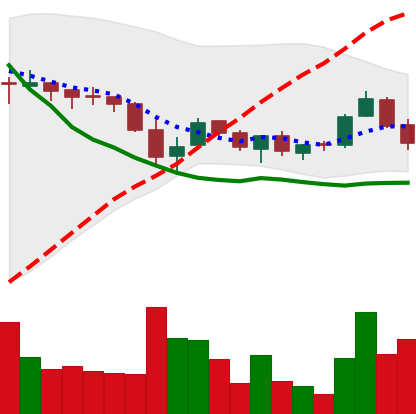
Ticker: TRX-USD
Chart end date: 2018-05-23
Forward return: -13.163%
Label: down_7plus